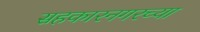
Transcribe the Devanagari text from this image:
सहकारनगरच्या